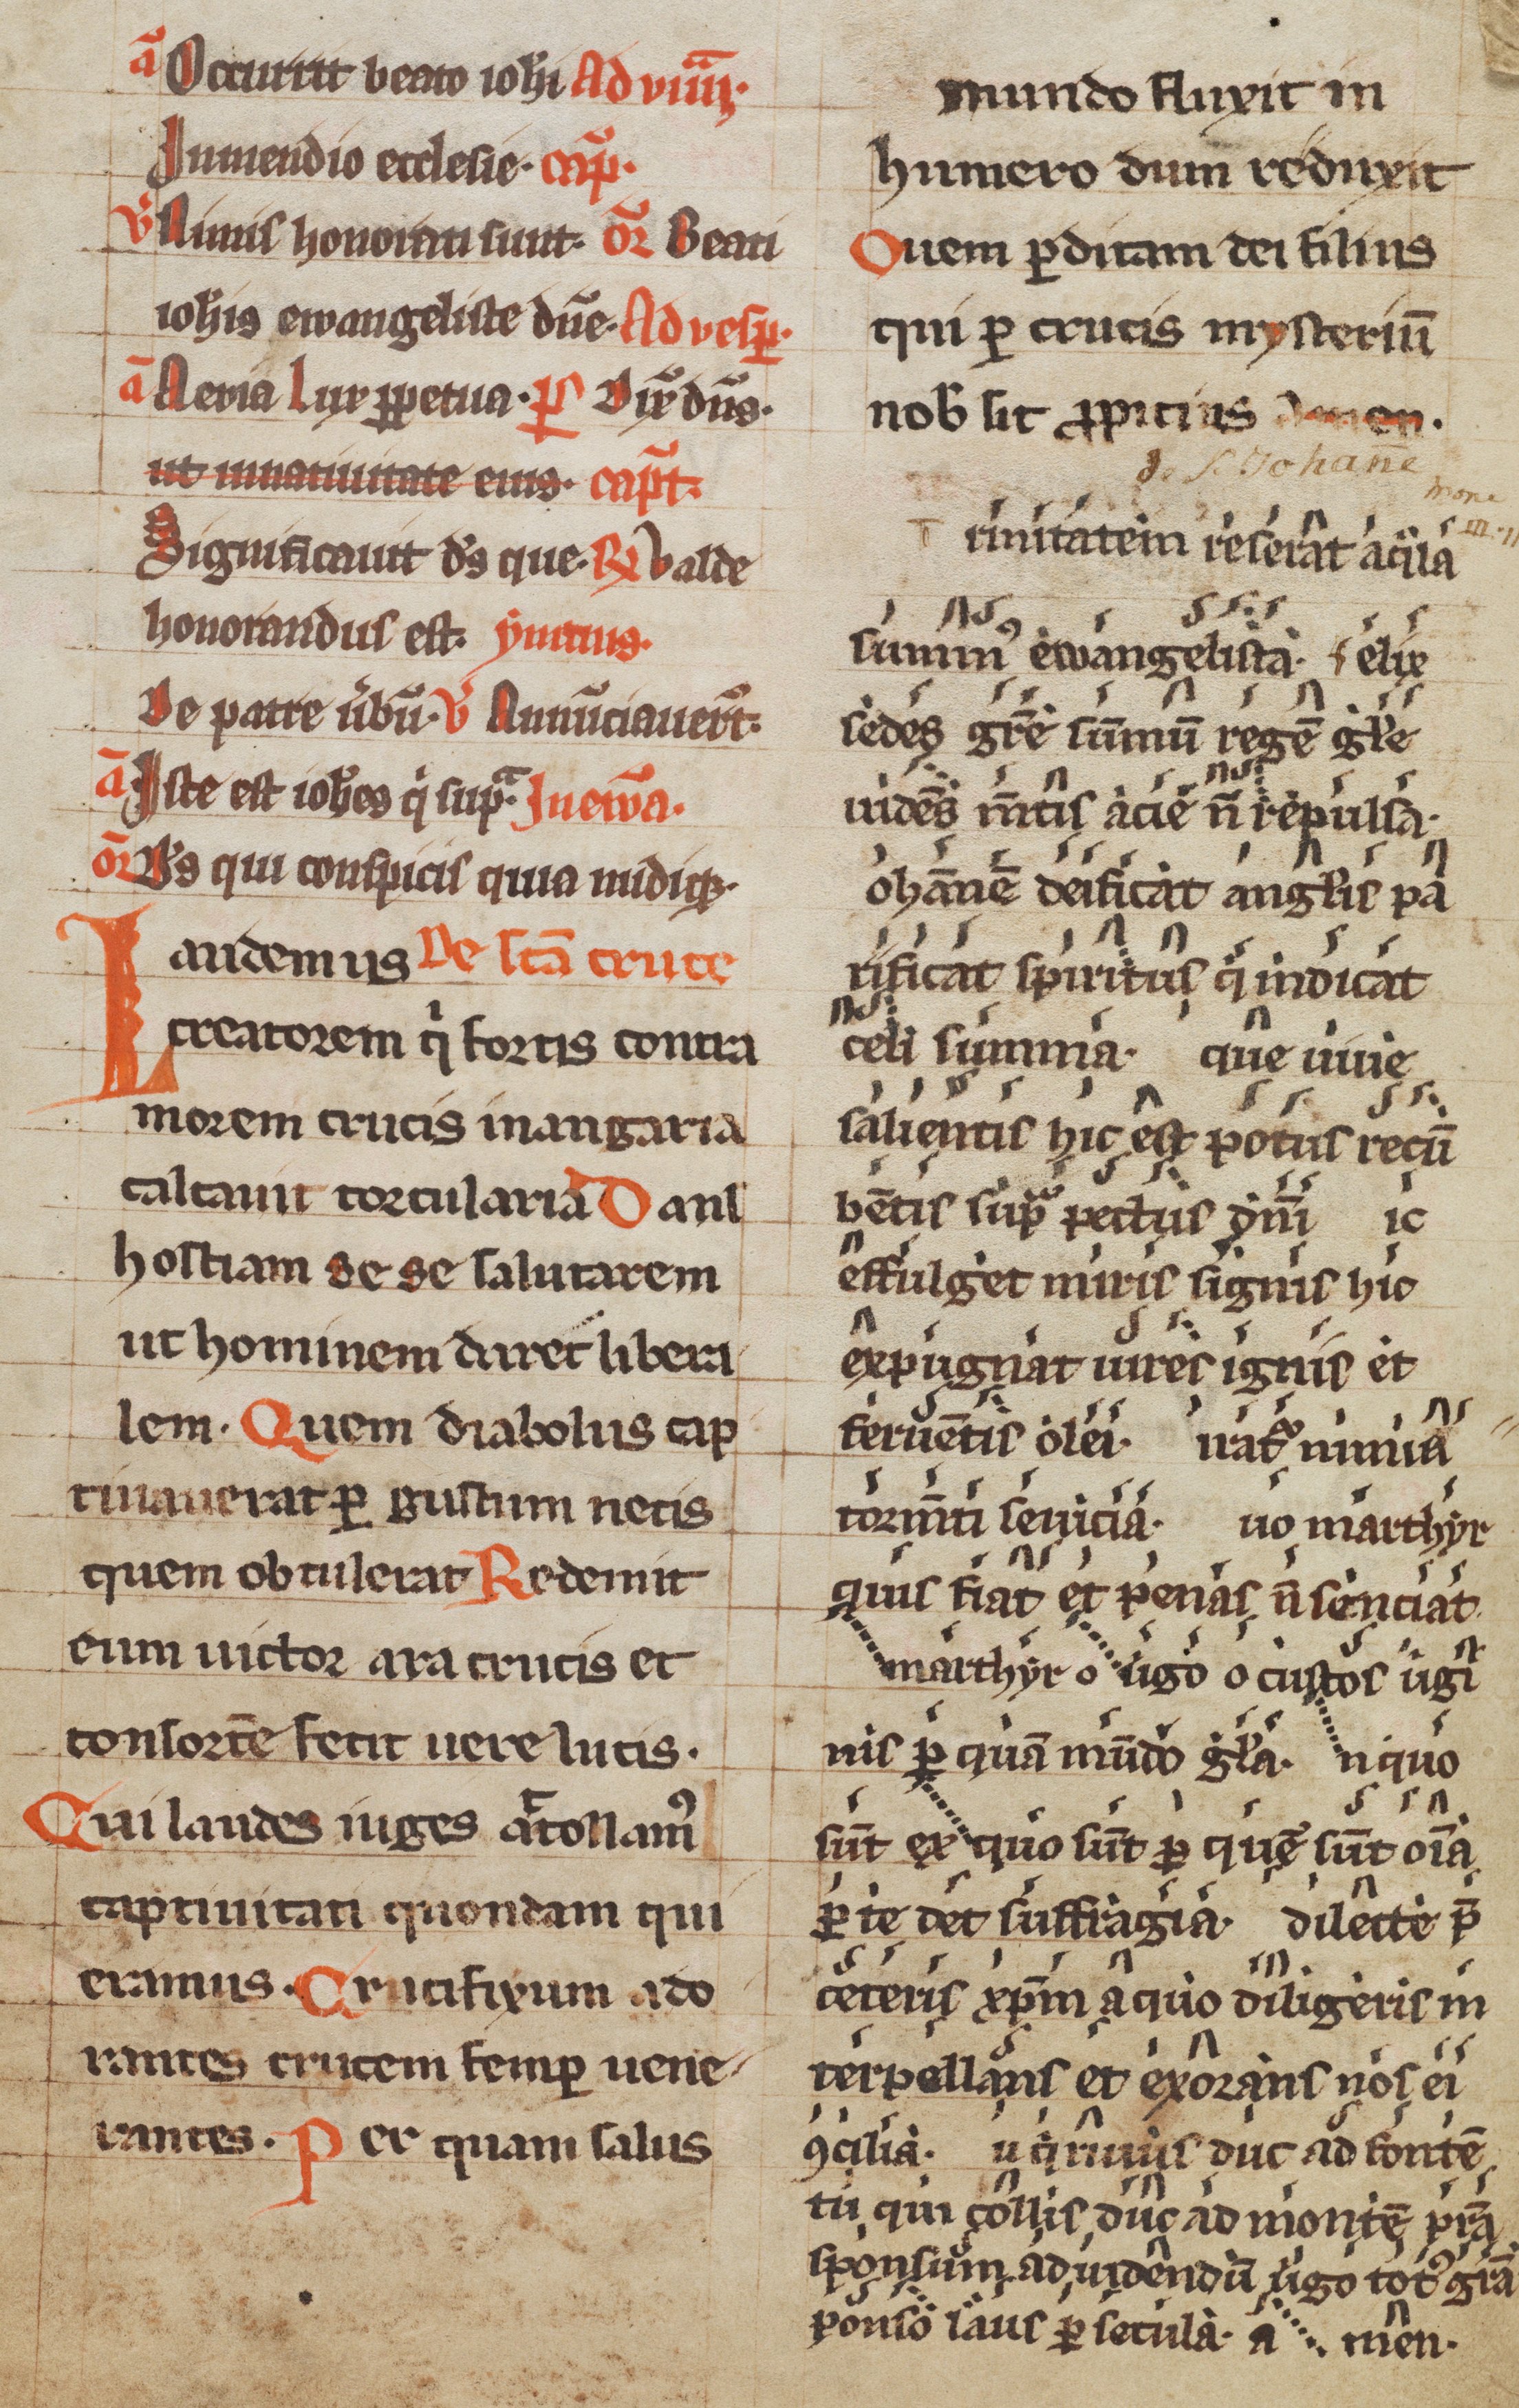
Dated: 1100–1199